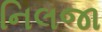
નિલજા